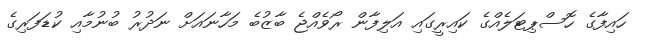
ހައިފާގެ ހޮސްޕިޓަލެއްގެ ކައިރީގައި އަލިފާން ރޯވެއްޖެ ބާޒުބެ މަހާނައަށް ނަދުރު ބުނުމާއި ކުޑަފަރިގެ